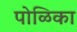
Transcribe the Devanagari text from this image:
पोळिका